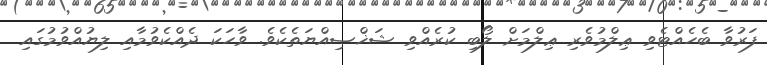
ފަރުވާ ބެހެއްޓެވި ޢިލްމުވެރި ޢިލްމަށް ލޯބި ކުރެއްވި ޝަޚްޞިއްޔަތެކެވެ. ވާހަކަ ދެއްކެވުމާއި ލިޔުއްވުމުގައި